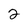
Character: 2